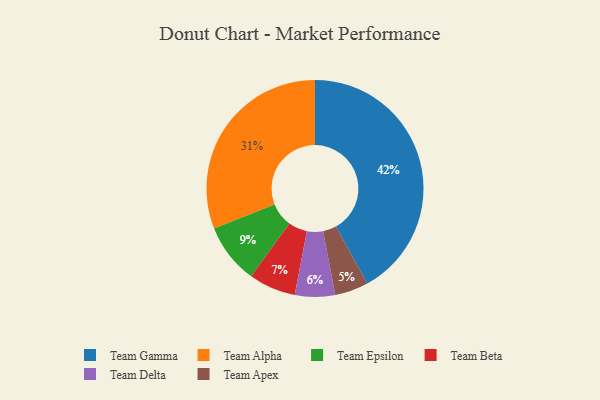
{"axis": {"x": "Category", "y": "Percentage"}, "legend": ["Team Alpha", "Team Apex", "Team Beta", "Team Delta", "Team Epsilon", "Team Gamma"], "data": [{"x": "Team Alpha", "y": 31, "type": "Team Alpha"}, {"x": "Team Delta", "y": 6, "type": "Team Delta"}, {"x": "Team Apex", "y": 5, "type": "Team Apex"}, {"x": "Team Gamma", "y": 42, "type": "Team Gamma"}, {"x": "Team Epsilon", "y": 9, "type": "Team Epsilon"}, {"x": "Team Beta", "y": 7, "type": "Team Beta"}]}